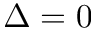
\Delta = 0